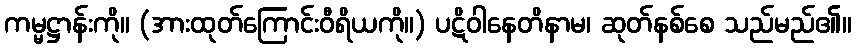
ကမ္မဋ္ဌာန်းကို။ (အားထုတ်ကြောင်းဝီရိယကို။) ပဋိဝါနေတိနာမ၊ ဆုတ်နစ်စေ သည်မည်၏။